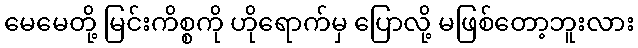
မေမေတို့ မြင်းကိစ္စကို ဟိုရောက်မှ ပြောလို့ မဖြစ်တော့ဘူးလား